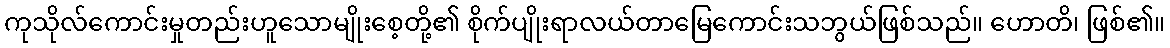
ကုသိုလ်ကောင်းမှုတည်းဟူသောမျိုးစေ့တို့၏ စိုက်ပျိုးရာလယ်တာမြေကောင်းသဘွယ်ဖြစ်သည်။ ဟောတိ၊ ဖြစ်၏။